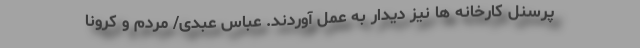
پرسنل کارخانه ها نیز دیدار به عمل آوردند. عباس عبدی/ مردم و کرونا